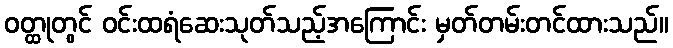
ဝတ္ထုတွင် ဝင်းထရံဆေးသုတ်သည့်အကြောင်း မှတ်တမ်းတင်ထားသည်။